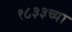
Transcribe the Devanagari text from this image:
१८३३च्या